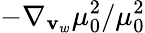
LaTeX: -\nabla_{\mathbf{v}_{w}}\mu_{0}^{2}/\mu_{0}^{2}